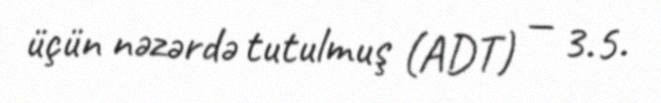
üçün nəzərdə tutulmuş (ADT) — 3.5.